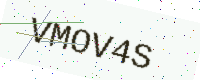
Text: VMOV4S